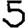
Digit: 5